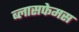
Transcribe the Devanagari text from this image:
ब्लासफेमस